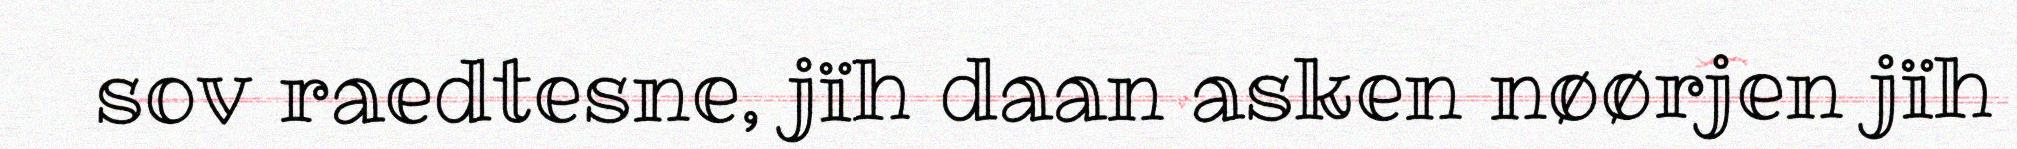
sov raedtesne, jïh daan asken nøørjen jïh